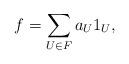
LaTeX: \begin{align*}f=\sum_{U\in F}a_{U}1_{U},\end{align*}